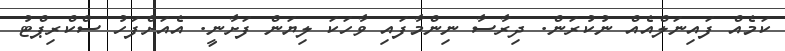
ކަމެއް ފައިނަލްއެއް ނުކުރަން. ދިރާސާ ނިންމާފައި ވާހަކަ ލިޔަން ފަށާނީ. އެއަށްފަހު ސްކްރިޕްޓު